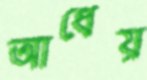
আধেয়